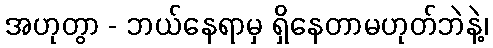
အဟုတွာ - ဘယ်နေရာမှ ရှိနေတာမဟုတ်ဘဲနဲ့၊